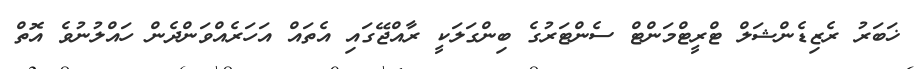
ޚަބަރު ރެޒިޑެންޝަލް ޓްރީޓްމަންޓް ސެންޓަރުގެ ބިންގަލަކީ ރާއްޖޭގައި އެތައް އަހަރެއްވަންދެން ހައްލުނުވެ އޮތް